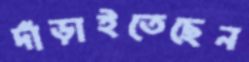
দাঁড়াইতেছেন